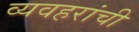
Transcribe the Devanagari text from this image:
व्यवहरांची